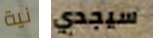
نية سيجدي